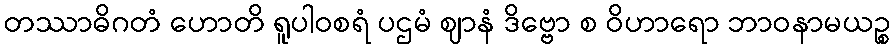
တဿာဓိဂတံ ဟောတိ ရူပါဝစရံ ပဌမံ ဈာနံ ဒိဗ္ဗော စ ဝိဟာရော ဘာဝနာမယဉ္စ